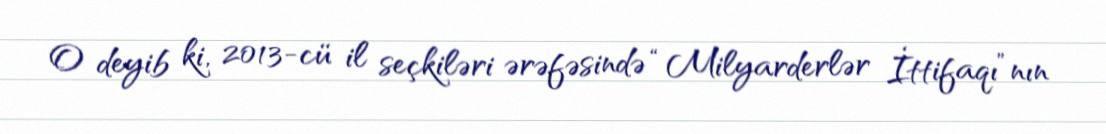
O deyib ki, 2013-cü il seçkiləri ərəfəsində “Milyarderlər İttifaqı”nın